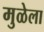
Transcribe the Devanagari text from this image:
मुळेला